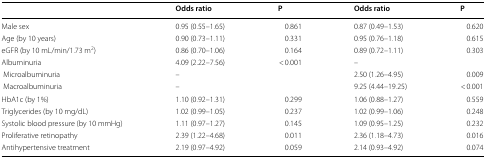
|  | Odds ratio | P | Odds ratio | P |
 | --- | --- | --- | --- | --- |
 | Male sex | 0.95 (0.55–1.65) | 0.861 | 0.87 (0.49–1.53) | 0.620 |
 | Age (by 10 years) | 0.90 (0.73–1.11) | 0.331 | 0.95 (0.76–1.18) | 0.615 |
 | eGFR (by 10 mL/min/1.73 m2) | 0.86 (0.70–1.06) | 0.164 | 0.89 (0.72–1.11) | 0.303 |
 | Albuminuria | 4.09 (2.22–7.56) | < 0.001 | – |  |
 | Microalbuminuria | – |  | 2.50 (1.26–4.95) | 0.009 |
 | Macroalbuminuria | – |  | 9.25 (4.44–19.25) | < 0.001 |
 | HbA1c (by 1%) | 1.10 (0.92–1.31) | 0.299 | 1.06 (0.88–1.27) | 0.559 |
 | Triglycerides (by 10 mg/dL) | 1.02 (0.99–1.05) | 0.237 | 1.02 (0.99–1.06) | 0.248 |
 | Systolic blood pressure (by 10 mmHg) | 1.11 (0.97–1.27) | 0.145 | 1.09 (0.95–1.25) | 0.232 |
 | Proliferative retinopathy | 2.39 (1.22–4.68) | 0.011 | 2.36 (1.18–4.73) | 0.016 |
 | Antihypertensive treatment | 2.19 (0.97–4.92) | 0.059 | 2.14 (0.93–4.92) | 0.074 |